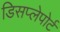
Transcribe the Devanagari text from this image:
डिसप्लेपोर्ट